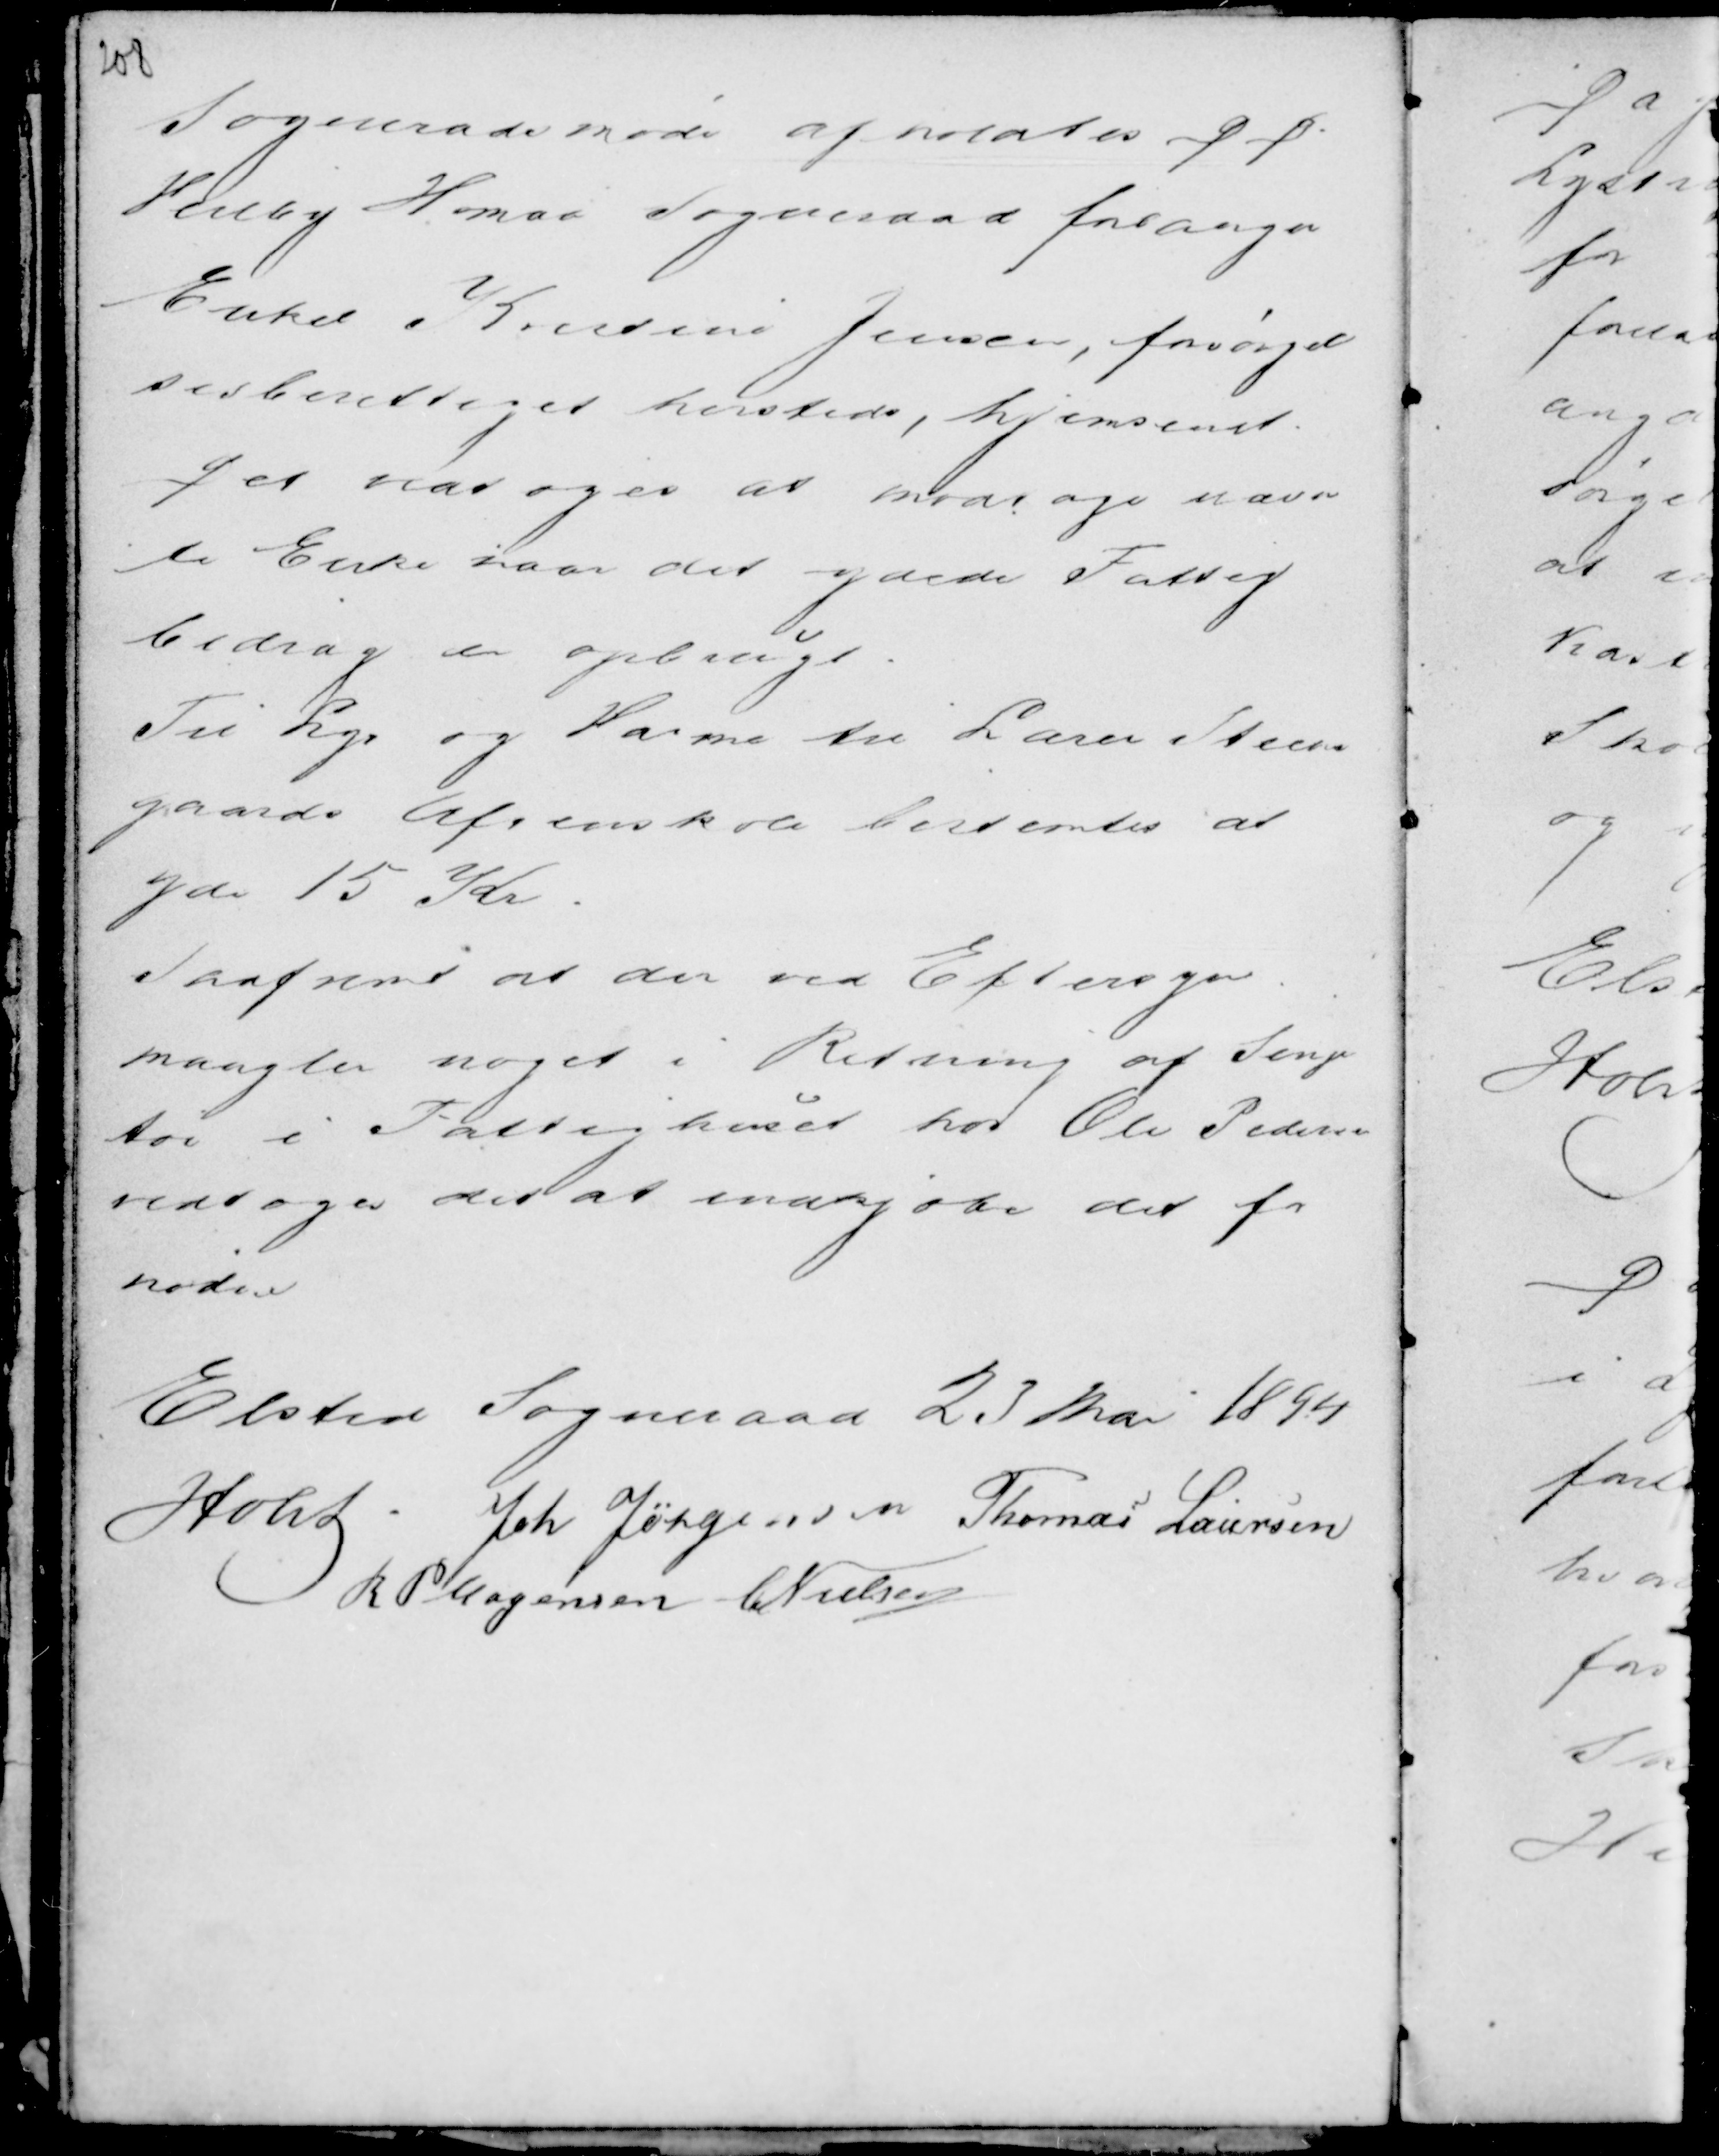
Transskription:
Sogneraadsmøde afholdtes D D.
Veilby Homaa Sogneraad forlanger
Enke Kristine Jensen, forsørgel
sesberettiget hersteds, hjemsendt.
Det vedtoges modtage nævn
te Enke naar det ydede Fattig
bidrag er opbrugt.
Til Lys og Varme til Lærer Steens
gaards Aftenskole bestemtes at
yde 15 Kr.
Saafremt at der ved Eftersyn
mangler noget i Retning af Senge
tøi i Fattighuset hos Ole Pedersen
vedtoges det at indkjøbe det for
nødne.

Elsted Sogneraad 23 Mai 1894
Holst . Joh Jørgensen Thomas Laursen
R P Mogensen C Nielsen